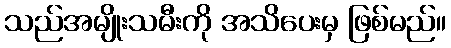
သည်အမျိုးသမီးကို အသိပေးမှ ဖြစ်မည်။